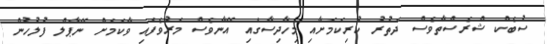
ސުބެކް ޝްރެސްތާވެސް ދަތުރު ކުރިކަމަށާއި މިހާދިސާގައި އޭނާވެސް މަރުވެފައި ވާކަމަށް ނޭޕާލް ފުލުހުން